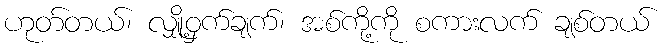
ဟုတ်တယ်၊ လျှို့ဝှက်ချက်၊ အစ်ကို့ကို စကားလက် ချစ်တယ်